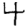
Digit: 4